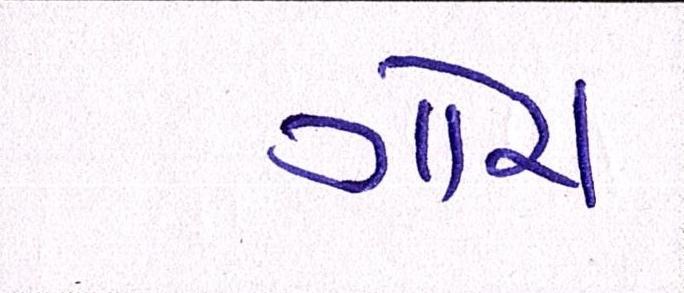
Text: ગોરા